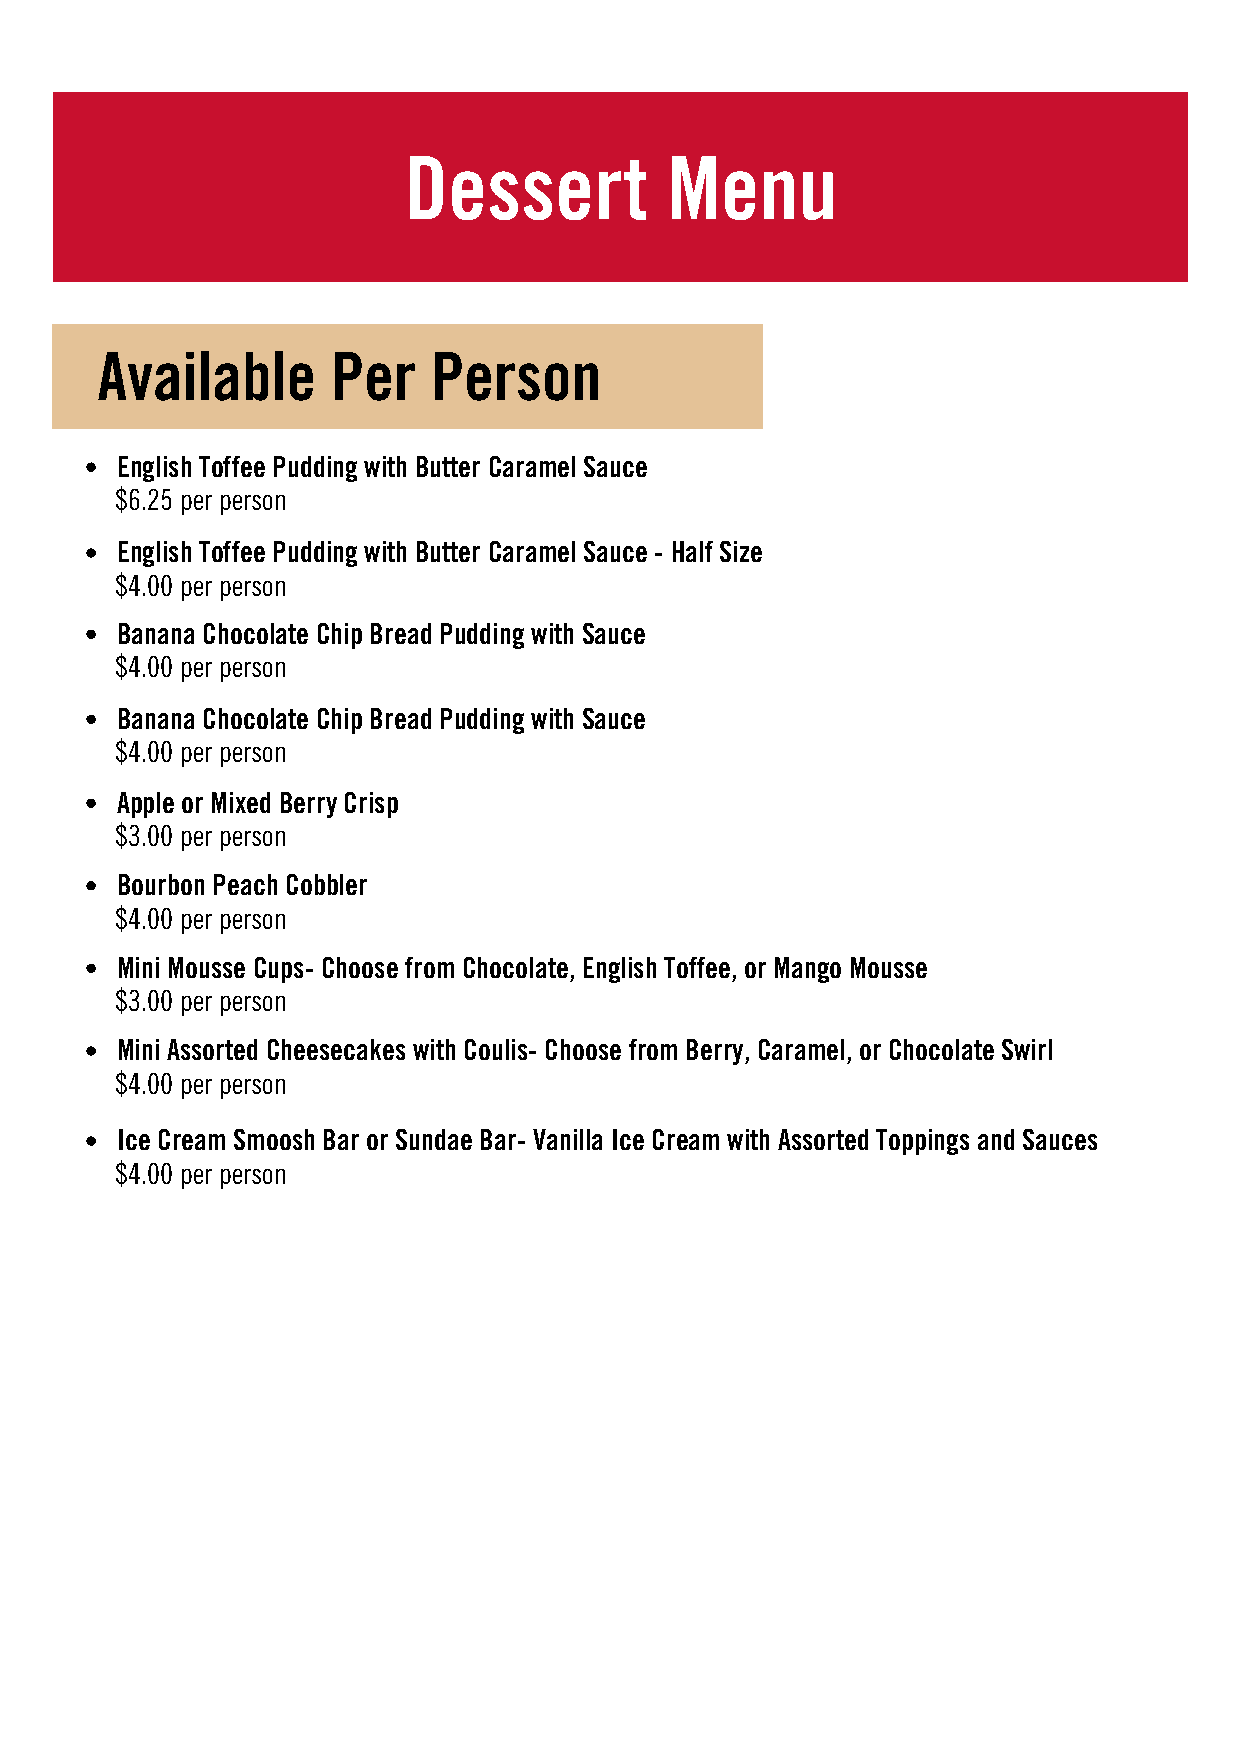
Dessert          Menu
 Available       Per    Person
 English Toffee Pudding with Butter Caramel Sauce
 $6.25 per person
 English Toffee Pudding with Butter Caramel Sauce - Half Size
 $4.00 per person
 Banana Chocolate Chip Bread Pudding with Sauce
 $4.00 per person
 Banana Chocolate Chip Bread Pudding with Sauce
 $4.00 per person
 Apple or Mixed Berry Crisp
 $3.00 per person
 Bourbon Peach Cobbler
 $4.00 per person
 Mini Mousse Cups- Choose from Chocolate, English Toffee, or Mango Mousse
 $3.00 per person
 Mini Assorted Cheesecakes with Coulis- Choose from Berry, Caramel, or Chocolate Swirl
 $4.00 per person
 Ice Cream Smoosh Bar or Sundae Bar- Vanilla Ice Cream with Assorted Toppings and Sauces
 $4.00 per person